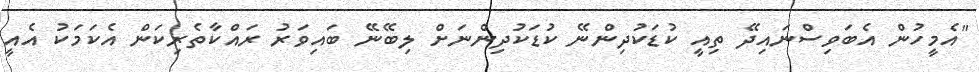
"އެމީހުން އެބަވިސްނައިދޭ ތިއީ ކުޑަކުދިންނޭ ކުޑަކުދިންނަށް ލިބޭނޭ ބައިވަރު ރައްކާތެރިކަން އެކަމަކު އެއީ